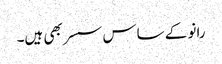
رانو کے ساس سسر بھی ہیں۔